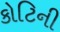
કોટિની